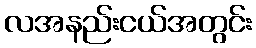
လအနည်းငယ်အတွင်း